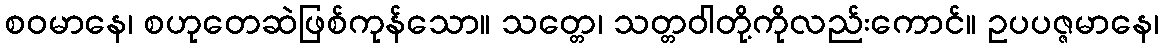
စဝမာနေ၊ စဟုတေဆဲဖြစ်ကုန်သော။ သတ္တေ၊ သတ္တဝါတို့ကိုလည်းကောင်။ ဥပပဇ္ဇမာနေ၊